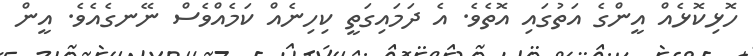
ހޮޅިކޮޅެއް އީންގެ އަތުގައި އޮތެވެ. އެ ދަމައިގަތީ ކިހިނެއް ކަމެއްވެސް ނޭނގެއެވެ. އީން